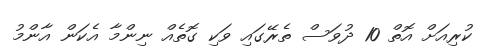
ކުރިއަށް އޮތް 10 ދުވަސް ތެރޭގައި ވަކި ގޮތެއް ނިންމާ އެކަން އާންމު